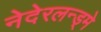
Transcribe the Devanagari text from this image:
नेदेरलन्ड्मे